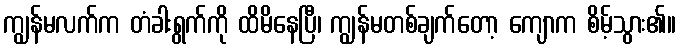
ကျွန်မလက်က တံခါးရွက်ကို ထိမိနေပြီ၊ ကျွန်မတစ်ချက်တော့ ကျောက စိမ့်သွား၏။